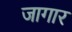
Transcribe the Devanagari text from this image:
जागार